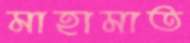
মাহামাত